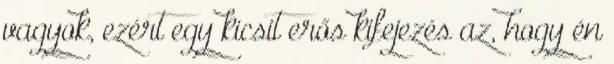
vagyok, ezért egy kicsit erős kifejezés az, hogy én